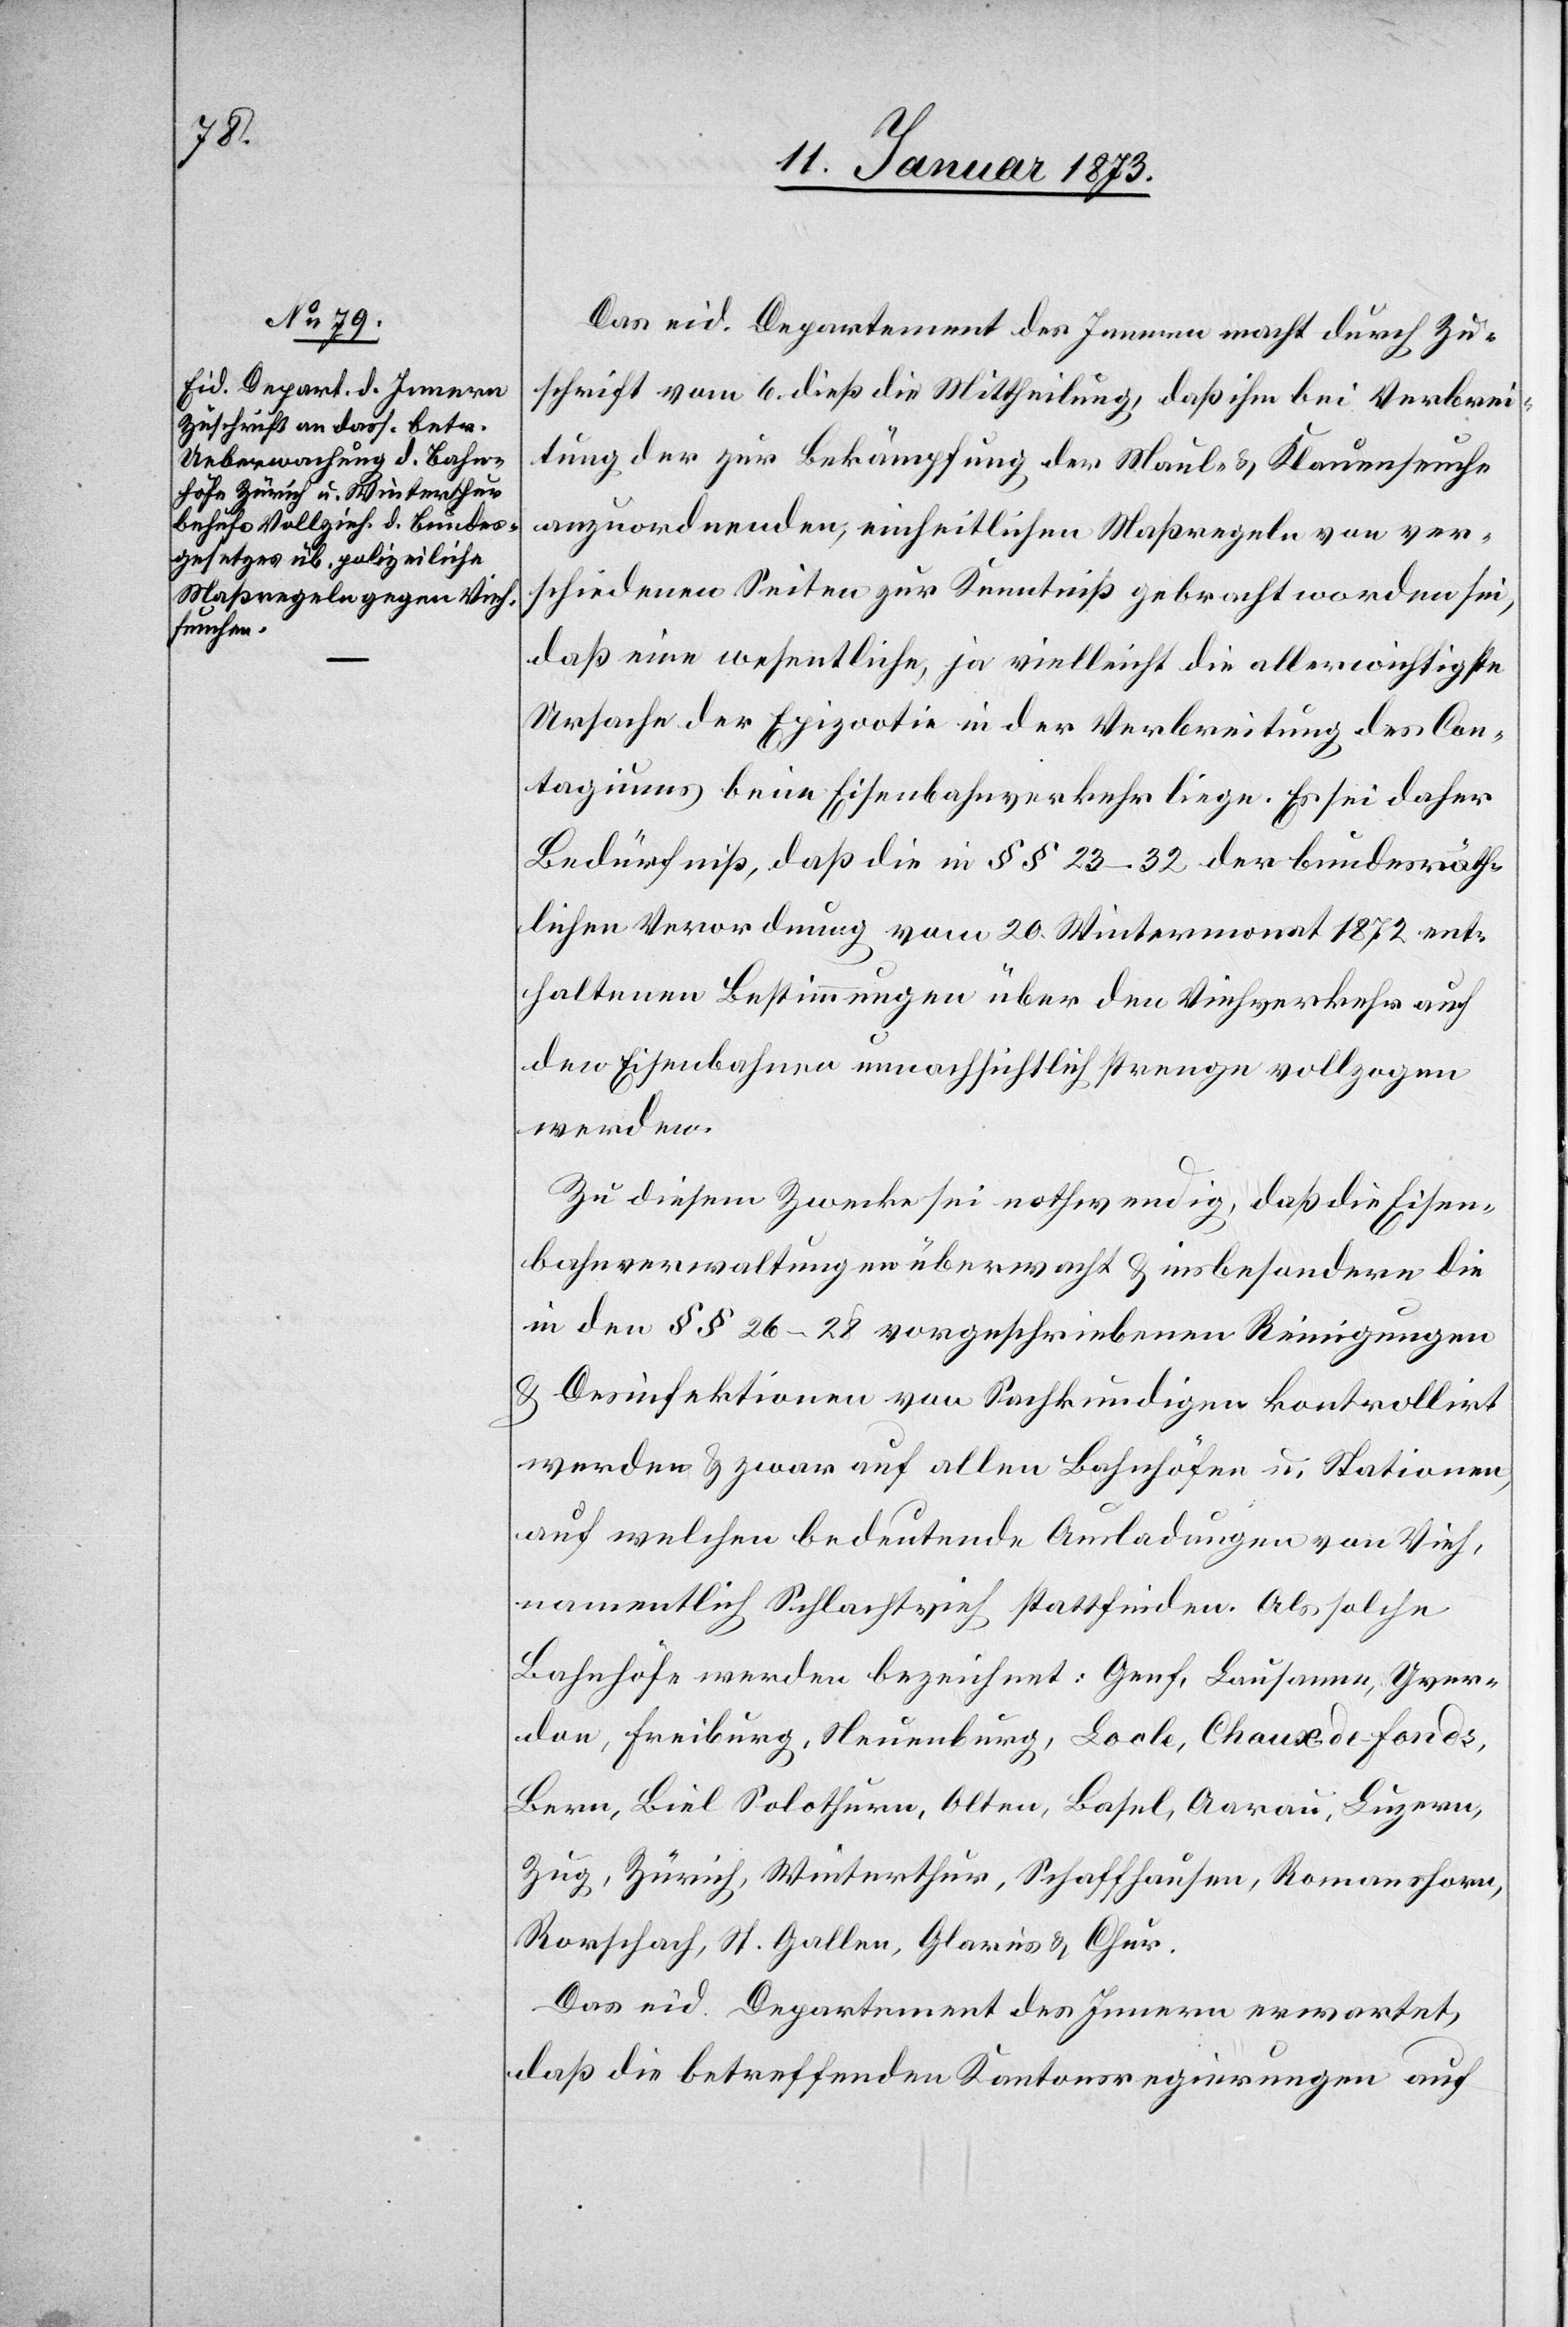
Das eid. Departement des Innern macht durch Zu¬
schrift vom 6. dieß die Mittheilung, daß ihm bei Verbrei¬
tung der zur Bekämpfung der Maul- & Klauenseuche
anzuordnenden, einheitlichen Maßregeln von ver¬
schiedenen Seiten zur Kenntniß gebracht worden sei,
daß eine wesentliche, ja vielleicht die allerwichtigste
Ursache der Epizootie in der Verbreitung des Con¬
tagiums beim Eisenbahnverkehr liege. Es sei daher
Bedürfniß, daß die in § § 23–32 der bundesräth¬
lichen Verordnung vom 20. Wintermonat 1872 ent¬
haltenen Bestimmungen über den Viehverkehr auf
den Eisenbahnen unnachsichtlich strenge vollzogen
werden.
Zu diesem Zwecke sei nothwendig, daß die Eisen¬
bahnverwaltungen überwacht & insbesondere die
in den § § 26–28 vorgeschriebenen Reinigungen
& Desinfektionen von Sachkundigen kontrollirt
werden & zwar auf allen Bahnhöfen u. Stationen,
auf welchen bedeutende Ausladungen von Vieh,
namentlich Schlachtvieh stattfinden. Als solche
Bahnhöfe werden bezeichnet: Genf, Lausanne, Yver¬
don, Freiburg, Neuenburg, Locle, Chaux-de-Fonds,
Bern, Biel Solothurn, Olten, Basel, Aarau, Luzern,
Zug, Zürich, Winterthur, Schaffhausen, Romanshorn,
Rorschach, St. Gallen, Glarus & Chur.
Das eid. Departement des Innern erwartet,
daß die betreffenden Kantonsregierungen auf